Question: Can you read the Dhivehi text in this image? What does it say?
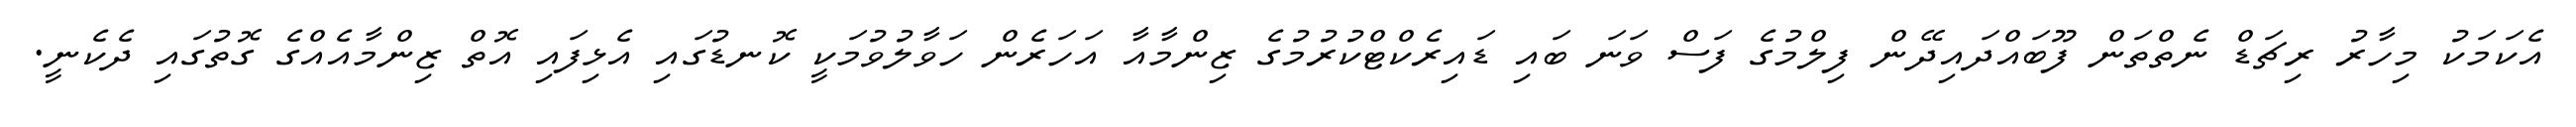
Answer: އެކަމަކު މިހާރު ރިޗަޑް ނެތްތަން ފޫބައްދައިދޭން ފިލްމުގެ ފަސް ވަނަ ބައި ޑައިރެކްޓްކުރުމުގެ ޒިންމާއާ އަހަރެން ހަވާލުވުމަކީ ކޮނޑުގައި އެޅިފައި އޮތް ޒިންމާއެއްގެ ގޮތުގައި ދެކެނީ.